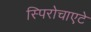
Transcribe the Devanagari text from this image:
स्पिरोचाएटे